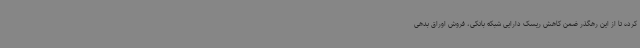
کرده تا از این رهگذر ضمن کاهش ریسک دارایی شبکه بانکی، فروش اوراق بدهی